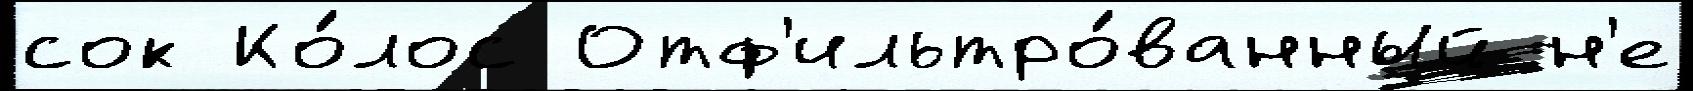
сок Ко́лос Отф'ильтро́ванный н'е